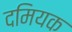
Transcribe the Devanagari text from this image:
दमियक